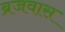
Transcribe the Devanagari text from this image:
ब्रजवास